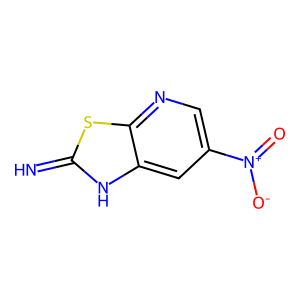
SMILES: N=c1[nH]c2cc([N+](=O)[O-])cnc2s1
Inhibits HIV replication: No